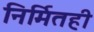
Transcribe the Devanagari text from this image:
निर्मितही